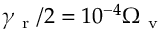
\gamma _ { \mathrm { ~ r ~ } } / 2 = 1 0 ^ { - 4 } \Omega _ { \mathrm { ~ v ~ } }